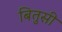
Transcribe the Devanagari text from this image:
बितुसी